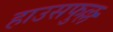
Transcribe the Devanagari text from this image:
हाउसफुल्ल